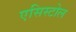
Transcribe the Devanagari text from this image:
एसिस्टोल